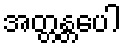
အတ္တန္တပေါ